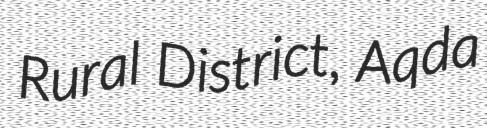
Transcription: Rural District, Aqda